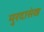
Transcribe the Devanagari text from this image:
मुरदासंख